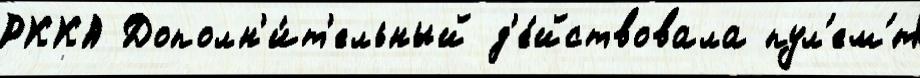
РККА Дополн'и́т'ельный д'е́йствовала пул'ем'́т